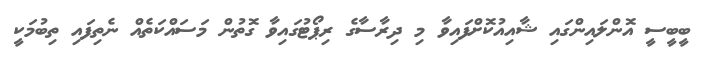
ބީބީސީ އޮންލައިންގައި ޝާއިއުކޮށްފައިވާ މި ދިރާސާގެ ރިޕޯޓުގައިވާ ގޮތުން މަސައްކަތެއް ނެތިފައި ތިބުމަކީ